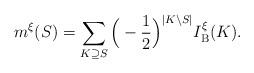
LaTeX: \begin{align*}m^\xi(S) =\sum_{K\supseteq S}\Big(-\frac{1}{2}\Big)^{|K\setminus S|}I^\xi_{\mathrm{B}}(K).\end{align*}